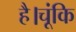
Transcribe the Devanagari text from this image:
है।चूंकि